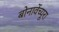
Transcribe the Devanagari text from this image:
बोनावेंच्यूरा